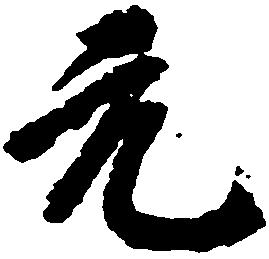
元